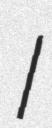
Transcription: I